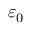
\varepsilon _ { 0 }